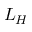
L _ { H }